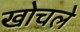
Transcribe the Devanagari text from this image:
खोचले